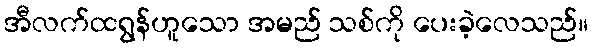
အီလက်ထရွန်ဟူသော အမည် သစ်ကို ပေးခဲ့လေသည်။